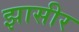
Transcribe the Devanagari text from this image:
झासीर